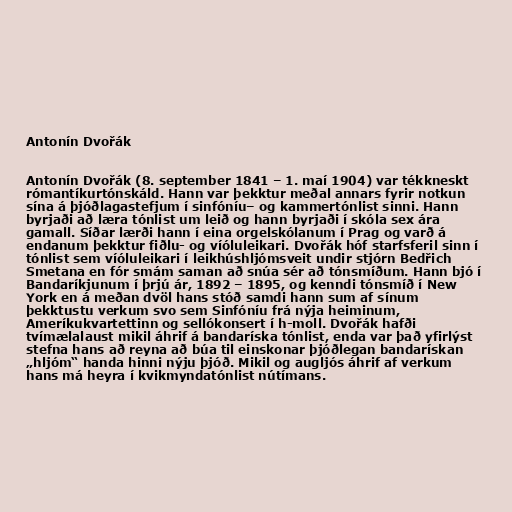
Antonín Dvořák

Antonín Dvořák (8. september 1841 – 1. maí 1904) var tékkneskt
rómantíkurtónskáld. Hann var þekktur meðal annars fyrir notkun
sína á þjóðlagastefjum í sinfóníu– og kammertónlist sinni. Hann
byrjaði að læra tónlist um leið og hann byrjaði í skóla sex ára
gamall. Síðar lærði hann í eina orgelskólanum í Prag og varð á
endanum þekktur fiðlu- og víóluleikari. Dvořák hóf starfsferil sinn í
tónlist sem víóluleikari í leikhúshljómsveit undir stjórn Bedřich
Smetana en fór smám saman að snúa sér að tónsmíðum. Hann bjó í
Bandaríkjunum í þrjú ár, 1892 – 1895, og kenndi tónsmíð í New
York en á meðan dvöl hans stóð samdi hann sum af sínum
þekktustu verkum svo sem Sinfóníu frá nýja heiminum,
Ameríkukvartettinn og sellókonsert í h-moll. Dvořák hafði
tvímælalaust mikil áhrif á bandaríska tónlist, enda var það yfirlýst
stefna hans að reyna að búa til einskonar þjóðlegan bandarískan
„hljóm“ handa hinni nýju þjóð. Mikil og augljós áhrif af verkum
hans má heyra í kvikmyndatónlist nútímans.